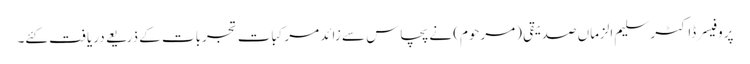
پروفیسر ڈاکٹر سلیم الزماں صدیقی (مرحوم) نے پچاس سے زائد مرکبات تجربات کے ذریعے دریافت کئے۔